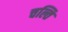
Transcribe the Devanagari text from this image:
चल्ति